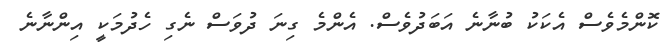
ކޮންމެވެސް އެކަކު ބުނާނެ އަބަދުވެސް. އެންމެ ގިނަ ދުވަސް ނެގި ހެދުމަކީ އިންނާނެ